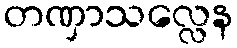
တဏှာသလ္လေန